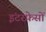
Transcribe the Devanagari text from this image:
इंटरफ़ेसों